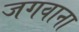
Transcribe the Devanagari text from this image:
जगवाना